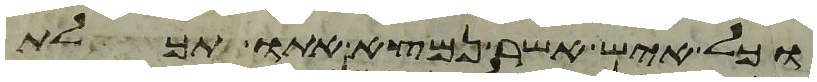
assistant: וכל איש אשר נמצא אתו תכלת